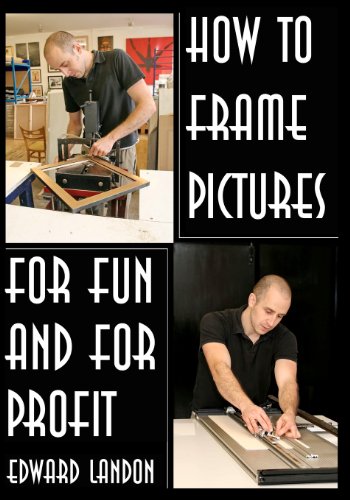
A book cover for How To Make Picture Frames: For Fun And For Profit; Edward Landon; Crafts, Hobbies & Home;